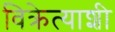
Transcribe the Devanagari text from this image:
विक्रेत्याशी